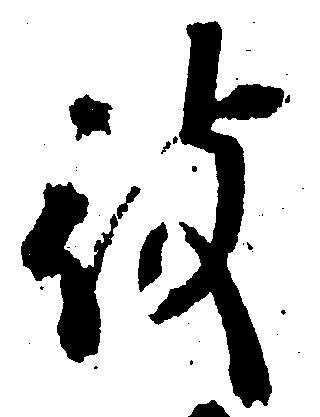
被